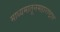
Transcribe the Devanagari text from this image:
माध्यमातूनमहाराष्ट्रात